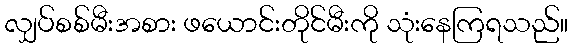
လျှပ်စစ်မီးအစား ဖယောင်းတိုင်မီးကို သုံးနေကြရသည်။